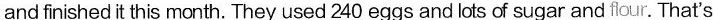
and finished it this month. They used 240 eggs and lots of sugar and fiour. That's